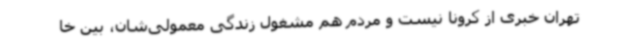
تهران خبری از کرونا نیست و مردم هم مشغول زندگی معمولی‌شان، بین خا